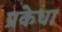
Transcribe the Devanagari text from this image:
प्रकेधा